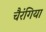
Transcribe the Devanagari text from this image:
चैरंगिया